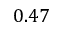
0 . 4 7